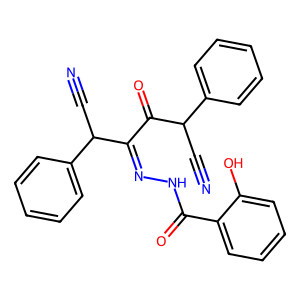
SMILES: N#CC(C(=O)C(=NNC(=O)c1ccccc1O)C(C#N)c1ccccc1)c1ccccc1
Inhibits HIV replication: No